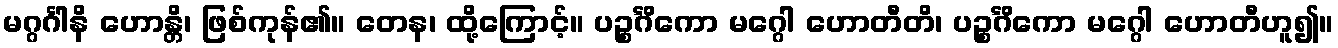
မဂ္ဂင်္ဂါနိ ဟောန္တိ၊ ဖြစ်ကုန်၏။ တေန၊ ထို့ကြောင့်။ ပဉ္စင်္ဂိကော မဂ္ဂေါ ဟောတီတိ၊ ပဉ္စင်္ဂိကော မဂ္ဂေါ ဟောတီဟူ၍။